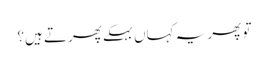
تو پھر یہ کہاں بہکے پھرتے ہیں؟